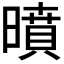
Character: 𭧥